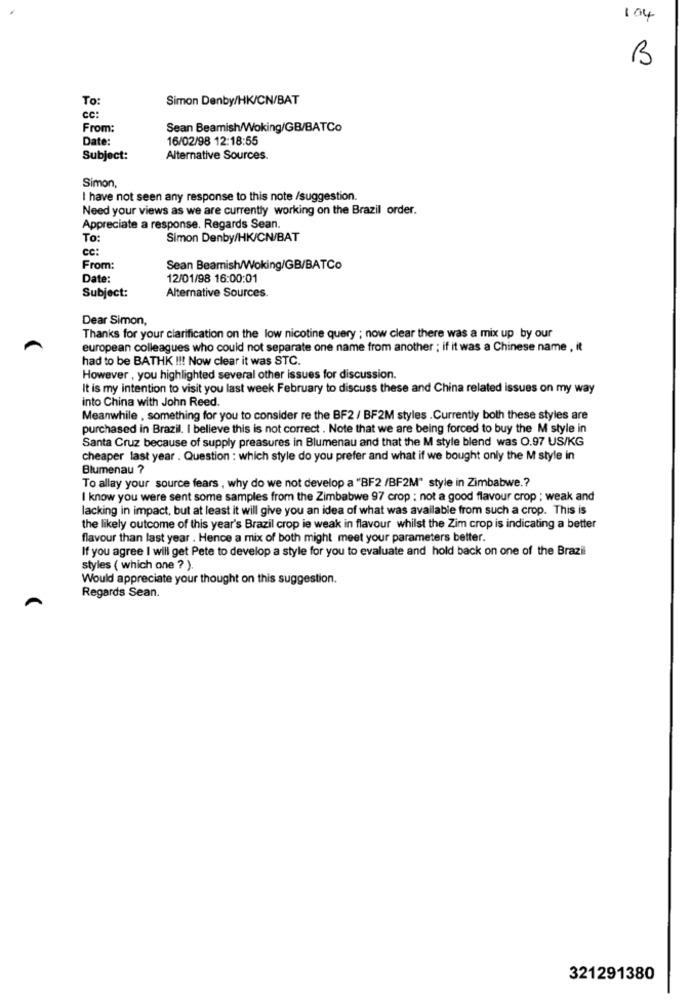
104
B
To:
Simon Denby/HK/CN/BAT
cc:
From:
Sean Beamish/Woking/GB/BATCo
Date:
16/02/98 12:18:55
Subject:
Alternative Sources.
Simon,
I have not seen any response to this note /suggestion.
Need your views as we are currently working on the Brazil order.
Appreciate a response. Regards Sean.
To:
Simon Denby/HK/CN/BAT
cc:
From:
Sean Beamish/Woking/GB/BATCo
Date:
12/01/98 16:00:01
Subject:
Alternative Sources.
Dear Simon,
Thanks for your clarification on the low nicotine query ; now clear there was a mix up by our
european colleagues who could not separate one name from another ; if it was a Chinese name , it
had to be BATHK !!! Now clear it was STC.
However , you highlighted several other issues for discussion.
It is my intention to visit you last week February to discuss these and China related issues on my way
into China with John Reed.
Meanwhile , something for you to consider re the BF2 / BF2M styles . Currently both these styles are
purchased in Brazil. I believe this is not correct . Note that we are being forced to buy the M style in
Santa Cruz because of supply preasures in Blumenau and that the M style blend was 0.97 US/KG
cheaper last year . Question : which style do you prefer and what if we bought only the M style in
Blumenau ?
To allay your source fears , why do we not develop a "BF2 /BF2M" style in Zimbabwe .?
I know you were sent some samples from the Zimbabwe 97 crop : not a good flavour crop ; weak and
lacking in impact, but at least it will give you an idea of what was available from such a crop. This is
the likely outcome of this year's Brazil crop ie weak in flavour whilst the Zim crop is indicating a better
flavour than last year . Hence a mix of both might meet your parameters better.
If you agree I will get Pete to develop a style for you to evaluate and hold back on one of the Brazil
styles ( which one ? ).
Would appreciate your thought on this suggestion.
A
Regards Sean.
321291380